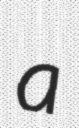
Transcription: a